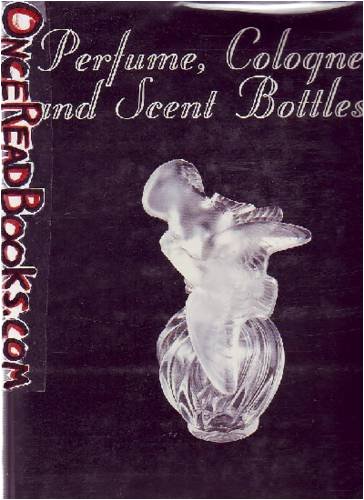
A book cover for Perfume, Cologne, and Scent Bottles; Jacquelyne North; Crafts, Hobbies & Home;